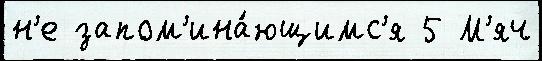
н'е запом'ина́ющимс'я 5 М'яч